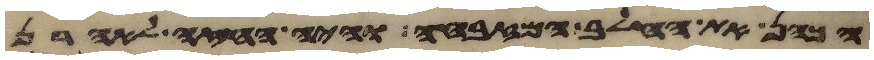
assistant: הכהן את החלב המזבחה והיה החזה לאהרן